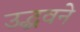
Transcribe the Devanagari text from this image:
उद्धवने